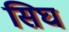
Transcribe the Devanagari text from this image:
सिघ